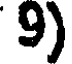
9)